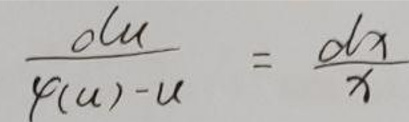
\[
\frac{\mathrm{d}u}{\varphi(u)-u}=\frac{\mathrm{d}x}{x}
\]